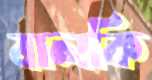
বালকি